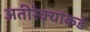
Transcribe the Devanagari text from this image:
अतीरेक्यांकडे